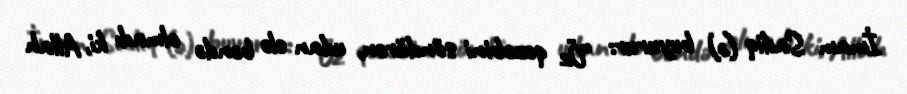
İmam Sadiq (ə) buyurur: “Öz qəzəbini söndürən, udan elə bəndə olmadı ki, Allah